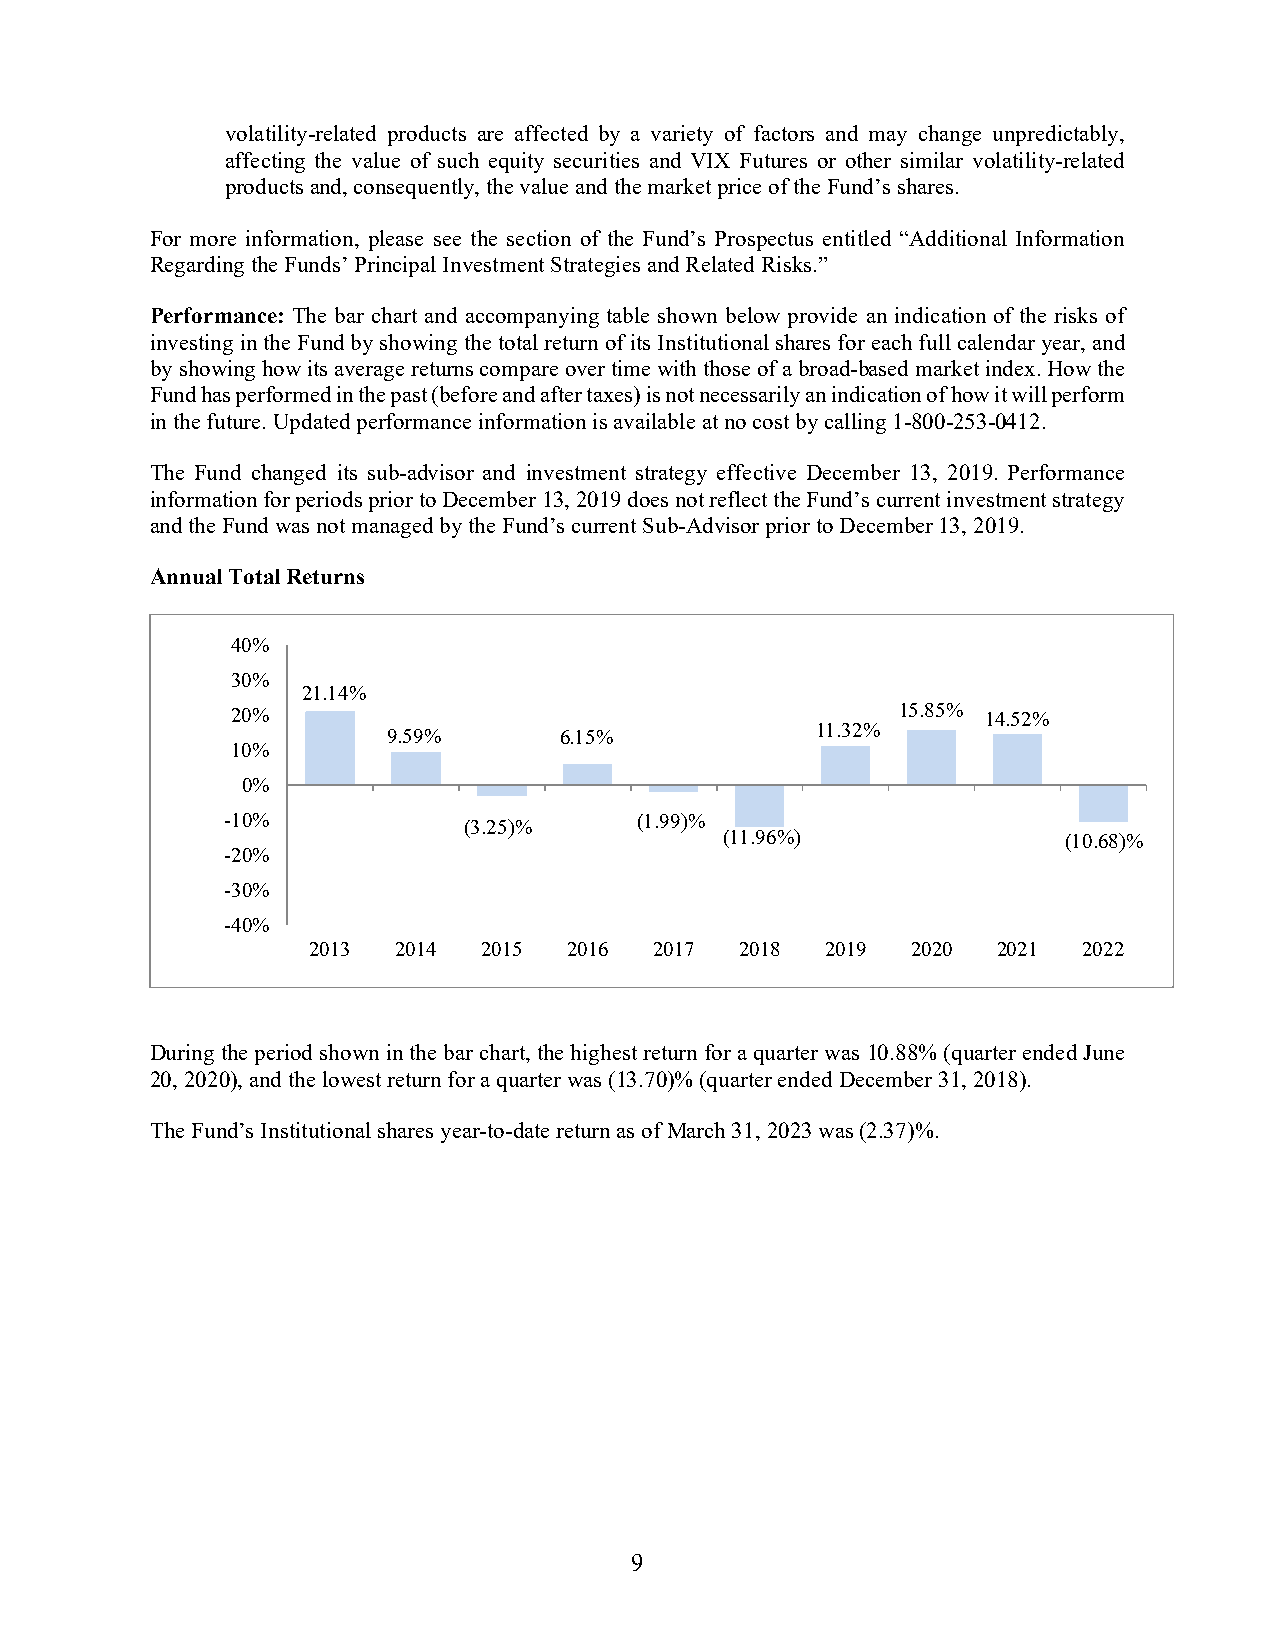
volatility-related products are affected by a variety of factors and may change unpredictably,
 affecting the value of such equity securities and VIX Futures or other similar volatility-related
 products and, consequently, the value and the market price of the Fund’s shares.
 For more information, please see the section of the Fund’s Prospectus entitled “Additional Information
 Regarding the Funds’ Principal Investment Strategies and Related Risks.”
 Performance: The bar chart and accompanying table shown below provide an indication of the risks of
 investing in the Fund by showing the total return of its Institutional shares for each full calendar year, and
 by showing how its average returns compare over time with those of a broad-based market index. How the
 Fund has performed in the past (before and after taxes) is not necessarily an indication of how it will perform
 in the future. Updated performance information is available at no cost by calling 1-800-253-0412.
 The Fund changed its sub-advisor and investment strategy effective December 13, 2019. Performance
 information for periods prior to December 13, 2019 does not reflect the Fund’s current investment strategy
 and the Fund was not managed by the Fund’s current Sub-Advisor prior to December 13, 2019.
 Annual Total Returns
 40%
 30%
 21.14%
 20%                                          15.85% 14.52%
 9.59%      6.15%            11.32%
 10%
 0%
 -10%                       (1.99)%
 (3.25)%
 (11.96%)               (10.68)%
 -20%
 -30%
 -40%
 2013  2014  2015  2016 2017  2018  2019 2020  2021  2022
 During the period shown in the bar chart, the highest return for a quarter was 10.88% (quarter ended June
 20, 2020), and the lowest return for a quarter was (13.70)% (quarter ended December 31, 2018).
 The Fund’s Institutional shares year-to-date return as of March 31, 2023 was (2.37)%.
 9